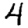
Digit: 4